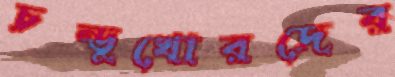
চন্ডুখোরদের